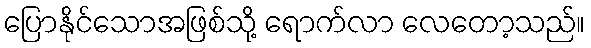
ပြောနိုင်သောအဖြစ်သို့ ရောက်လာ လေတော့သည်။